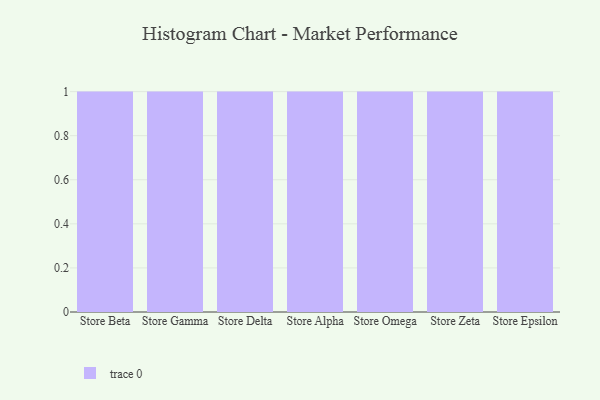
{"axis": {"x": "Store", "y": "Active Users"}, "legend": [""], "data": [{"x": "Store Beta", "y": 89, "type": ""}, {"x": "Store Gamma", "y": 30, "type": ""}, {"x": "Store Delta", "y": 85, "type": ""}, {"x": "Store Alpha", "y": 23, "type": ""}, {"x": "Store Omega", "y": 4, "type": ""}, {"x": "Store Zeta", "y": 6, "type": ""}, {"x": "Store Epsilon", "y": 27, "type": ""}]}